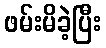
ဖမ်းမိခဲ့ပြီး